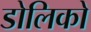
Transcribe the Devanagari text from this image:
डोलिको